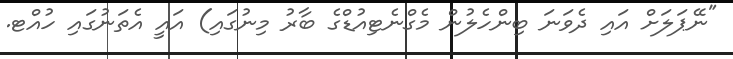
"ނޭޕަލަށް އައި ދެވަނަ ބިންހެލުން މެގްނެޓިއުޑްގެ ބާރު މިނުގައި) އައީ އެތަނުގައި ހުއްޓ.